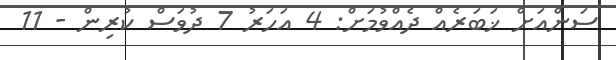
ސަންއަށް ޚަބަރެއް ދެއްވުމަށް: 4 އަހަރު 7 ދުވަސް ކުރިން - 11